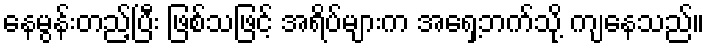
နေမွန်းတည့်ပြီး ဖြစ်သဖြင့် အရိပ်များက အရှေ့ဘက်သို့ ကျနေသည်။